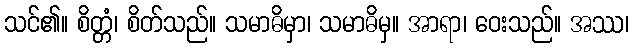
သင်၏။ စိတ္တံ၊ စိတ်သည်။ သမာဓိမှာ၊ သမာဓိမှ။ အာရာ၊ ဝေးသည်။ အဿ၊